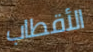
الأقطاب